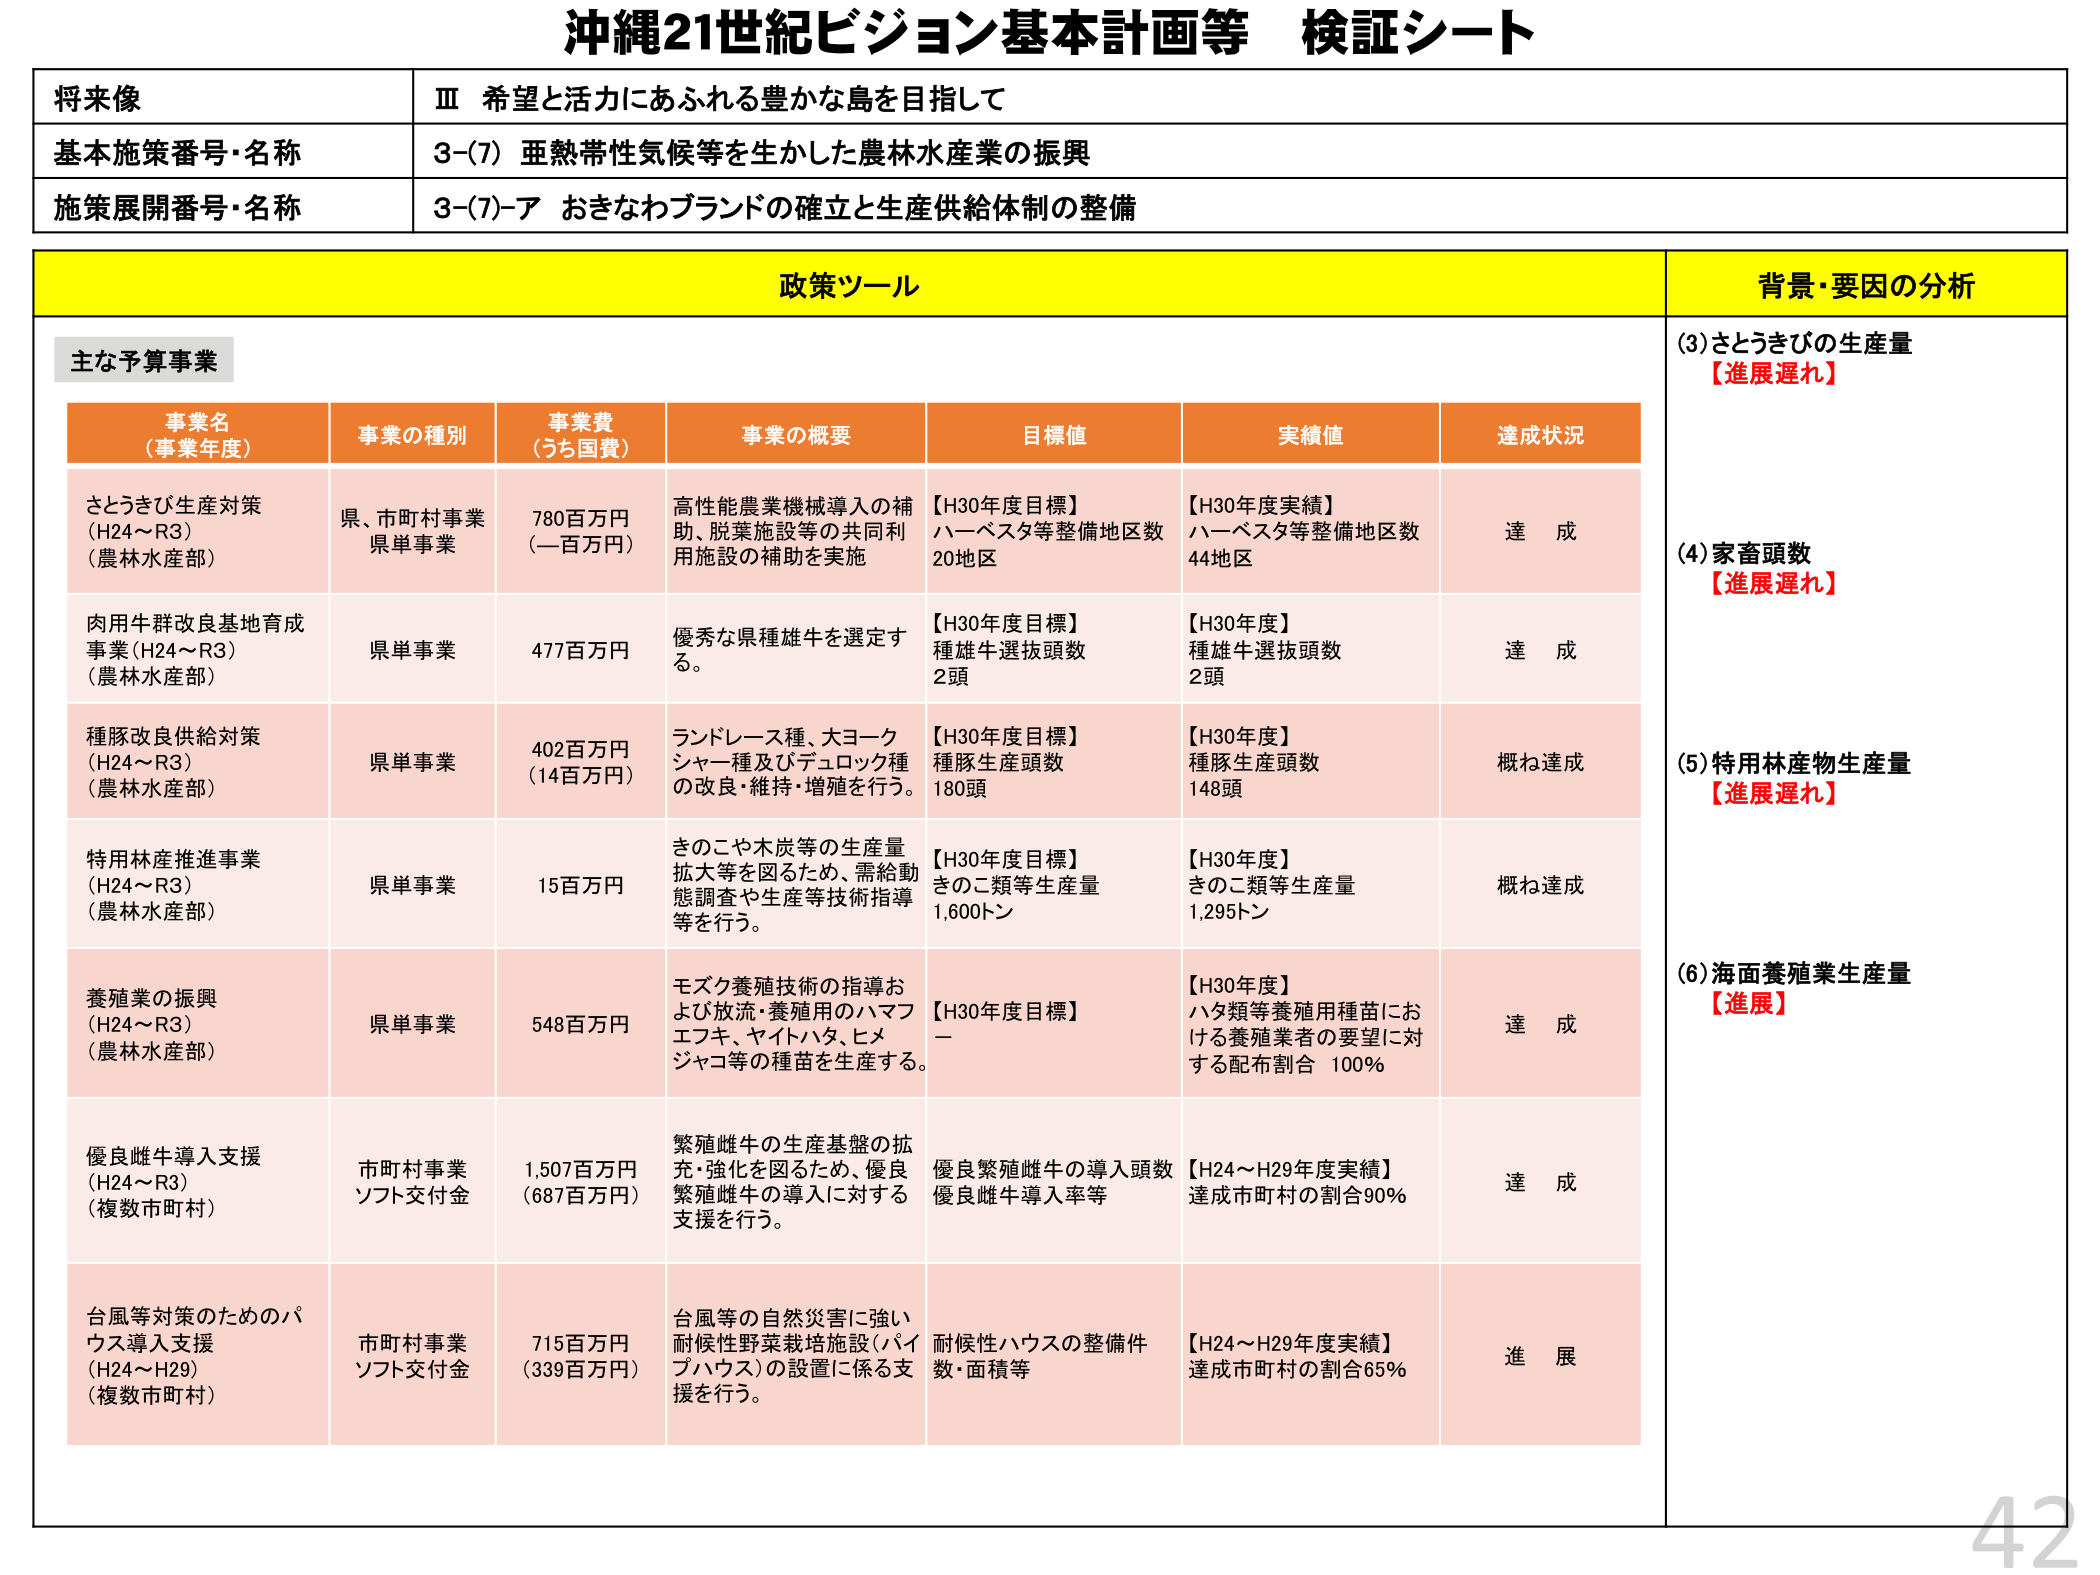
沖縄21世紀ビジョン基本計画等 検証シート

将来像
Ⅲ 希望と活力にあふれる豊かな島を目指して

基本施策番号・名称
3-(7) 亜熱帯性気候等を生かした農林水産業の振興

施策展開番号・名称
3-(7)-ア おきなわブランドの確立と生産供給体制の整備

政策ツール

主な予算事業

事業名（事業年度）
事業の種別
事業費（うち国費）
事業の概要
目標値
実績値
達成状況

さとうきび生産対策（H24～R3）（農林水産部）
県、市町村事業 県単事業
780百万円（一百万円）
高性能農業機械導入の補助、脱蔗施設等の共同利用施設の補助を実施
【H30年度目標】ハーベスタ等整備地区数 20地区
【H30年度実績】ハーベスタ等整備地区数 44地区
達成

肉用牛群改良基地育成事業（H24～R3）（農林水産部）
県単事業
477百万円
優秀な県種雄牛を選定する。
【H30年度目標】種雄牛選抜頭数 2頭
【H30年度】種雄牛選抜頭数 2頭
達成

種豚改良供給対策（H24～R3）（農林水産部）
県単事業
402百万円（14百万円）
ランドレース種、大ヨークシャー種及びデュロック種の改良・維持・増殖を行う。
【H30年度目標】種豚生産頭数 180頭
【H30年度】種豚生産頭数 148頭
概ね達成

特用林産推進事業（H24～R3）（農林水産部）
県単事業
15百万円
きのこや木炭等の生産量拡大等を図るため、需給動態調査や生産等技術指導等を行う。
【H30年度目標】きのこ類等生産量 1,600トン
【H30年度】きのこ類等生産量 1,295トン
概ね達成

養殖業の振興（H24～R3）（農林水産部）
県単事業
548百万円
モズク養殖技術の指導および放流・養殖用のハマフエフキ、ヤイトハタ、ヒメジャコ等の種苗を生産する。
【H30年度目標】ー
【H30年度】ハタ類等養殖用種苗における養殖業者の要望に対する配布割合 100％
達成

優良雌牛導入支援（H24～R3）（複数市町村）
市町村事業 ソフト交付金
1,507百万円（687百万円）
繁殖雌牛の生産基盤の拡充・強化を図るため、優良繁殖雌牛の導入に対する支援を行う。
優良繁殖雌牛の導入頭数 優良雌牛導入率等
【H24～H29年度実績】達成市町村の割合90％
達成

台風等対策のためのハウス導入支援（H24～H29）（複数市町村）
市町村事業 ソフト交付金
715百万円（339百万円）
台風等の自然災害に強い耐候性野菜栽培施設（パイプハウス）の設置に係る支援を行う。
耐候性ハウスの整備件数・面積等
【H24～H29年度実績】達成市町村の割合65％
進展

背景・要因の分析

(3)さとうきびの生産量
【進展遅れ】

(4)家畜頭数
【進展遅れ】

(5)特用林産物生産量
【進展遅れ】

(6)海面養殖業生産量
【進展】

42